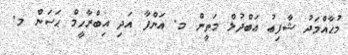
މުޙާއްމަދު ޝާފިޢު ޢަބްދުލް މަތީން މ. އަންފާ އަދި އިބްރާހީމް ޙަސަން މ.